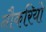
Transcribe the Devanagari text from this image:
नौकरियो